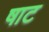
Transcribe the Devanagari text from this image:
षाट